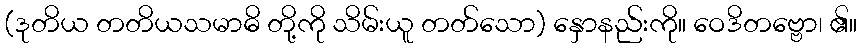
(ဒုတိယ တတိယသမာဓိ တို့ကို သိမ်းယူ တတ်သော) နှောနည်းကို။ ဝေဒိတဗ္ဗော၊ ၏။